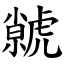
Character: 虩